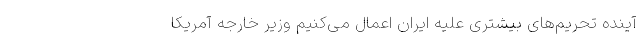
آینده تحریم‌های بیشتری علیه ایران اعمال می‌کنیم وزیر خارجه آمریکا